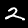
Digit: 2